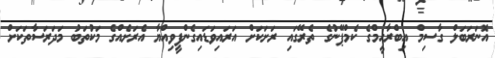
އޮނަރަބަލް ގާސިމް އިބްރާހީމްގެ ކެމްޕޭނުގެ ތެރޭގައި ރަށަކަށް އަރައިވަޑައިގެންފީވިއްޔާ އެރަށެއްގެ މަކުތަބު މަދަރަސާތަކަށް